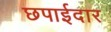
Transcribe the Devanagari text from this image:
छपाईदार